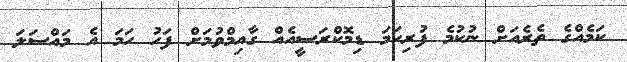
ކަމެއްގެ ތެރެއަށް ނުކުމެ ފުރިހަމަ ޑިމޮކްރަސީއެއް ގާއިމްވުމަށް ފަހު ހަމަ އެ މައްސަލަ